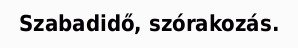
Szabadidő, szórakozás.